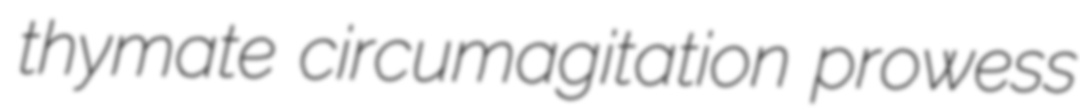
thymate circumagitation prowess